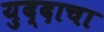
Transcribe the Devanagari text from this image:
युद्दाचा